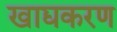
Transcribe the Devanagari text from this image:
खाद्यकरण